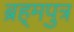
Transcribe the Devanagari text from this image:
ब्रह्‌मपुत्र